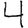
Digit: 4